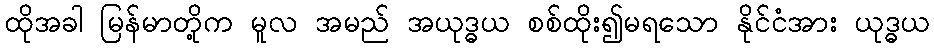
ထိုအခါ မြန်မာတို့က မူလ အမည် အယုဒ္ဓယ စစ်ထိုး၍မရသော နိုင်ငံအား ယုဒ္ဓယ